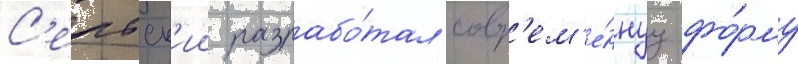
С'ербск'ии разрабо́тал совр'ем'е́ннуу фо́рму